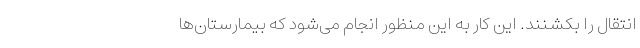
انتقال را بکشنند. این کار به این منظور انجام می‌شود که بیمارستان‌ها